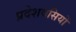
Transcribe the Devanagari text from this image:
प्रदेशवसियों